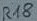
Text: R18